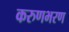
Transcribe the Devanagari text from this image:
करुणभरण